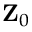
\mathbf { Z } _ { 0 }